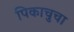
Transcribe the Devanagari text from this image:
पिकाचुचा